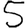
Digit: 5